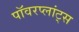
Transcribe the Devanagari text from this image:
पॉवरप्लांट्स